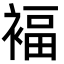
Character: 褔